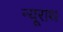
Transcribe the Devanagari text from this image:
न्यूराथ